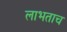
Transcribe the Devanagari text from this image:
लाभताच